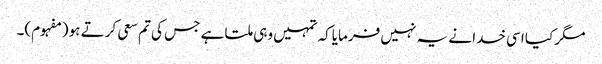
مگر کیا اسی خدا نے یہ نہیں فرمایاکہ تمہیں وہی ملتا ہے جس کی تم سعی کرتے ہو (مفہوم)۔